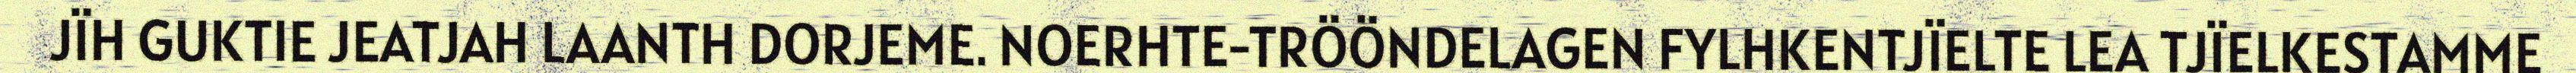
JÏH GUKTIE JEATJAH LAANTH DORJEME. NOERHTE-TRÖÖNDELAGEN FYLHKENTJÏELTE LEA TJÏELKESTAMME